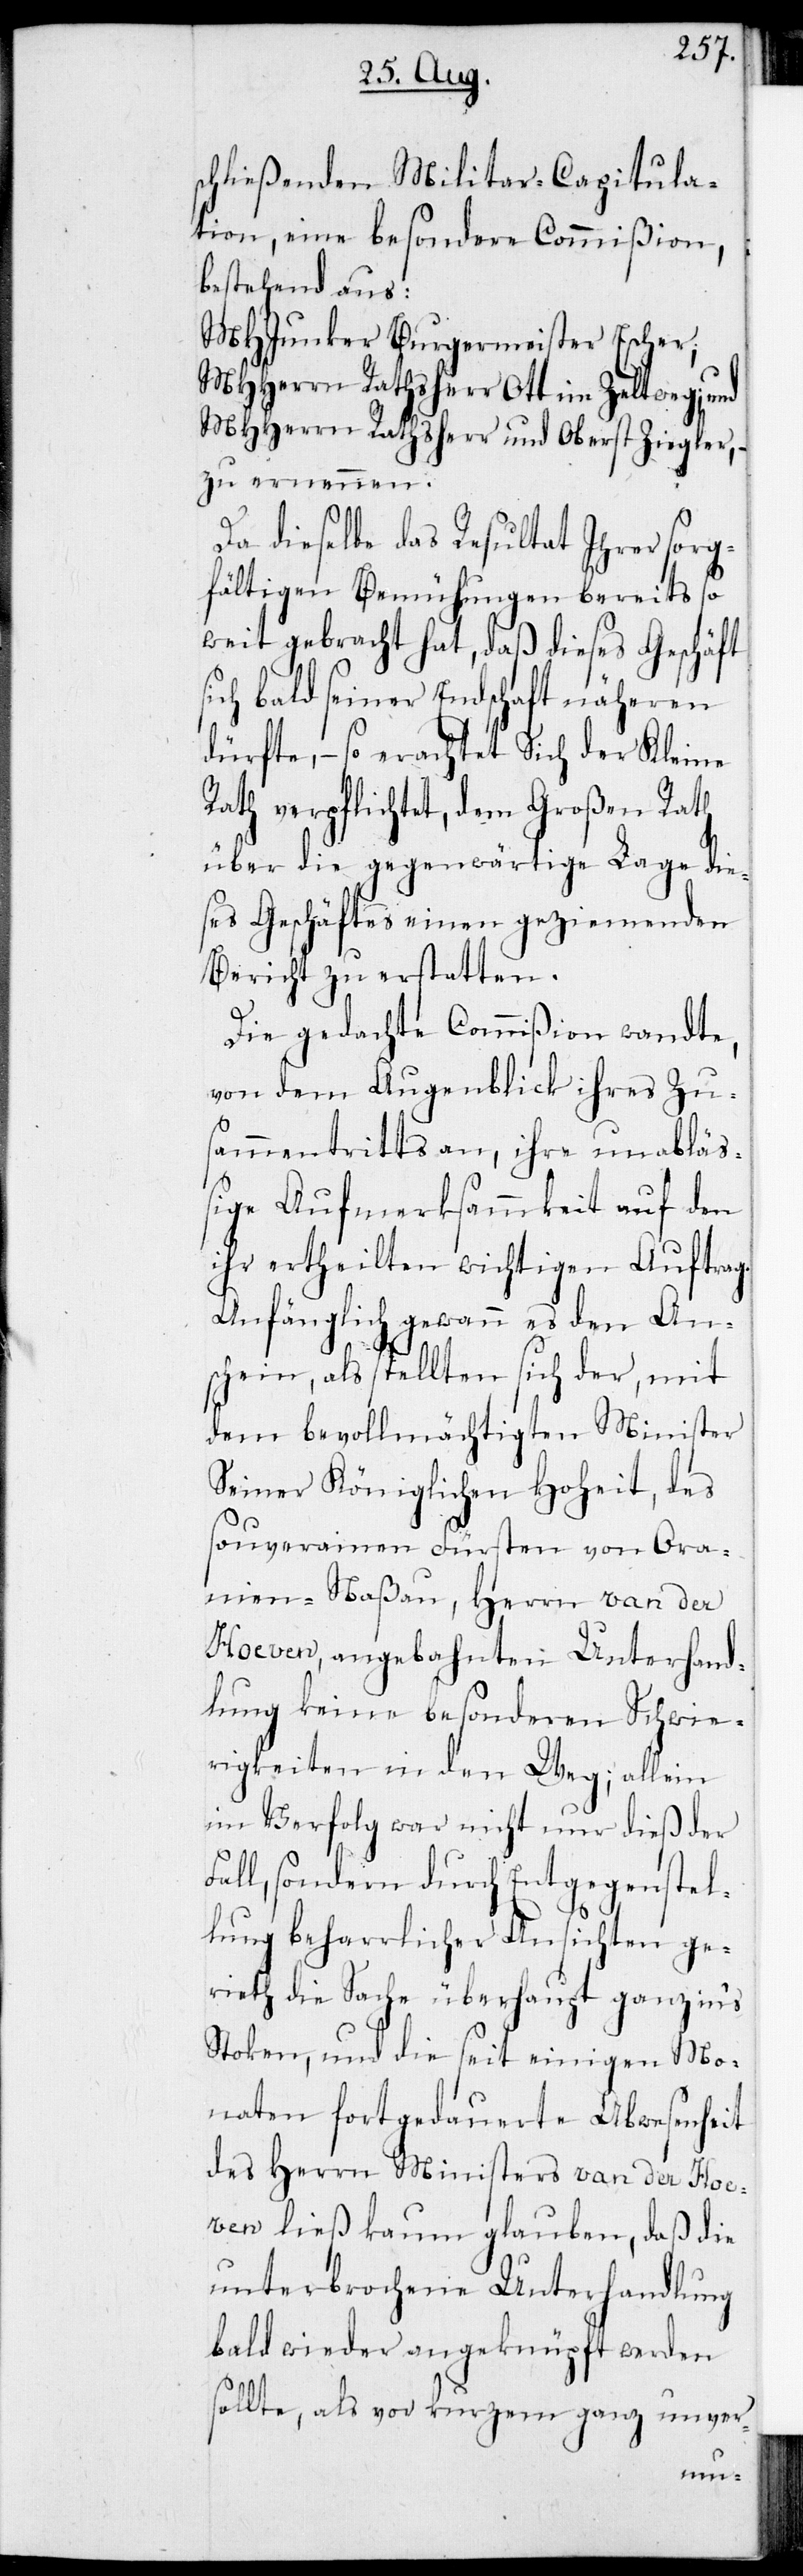
schließenden Militar-Capitula¬
tion, eine besondere Commißion,
bestehend aus:
MHJunker Burgermeister Escher;
MHHerrn Rathsherr Ott im Zeltweg; und
MHHerrn Rathsherr und Oberst Ziegler, –
zu ernennen.
Da dieselbe das Resultat Ihrer sorg¬
fältigen Bemühungen bereits so¬
weit gebracht hat, daß dieses Geschäft
ich bald seiner Endschaft näheren
dürfte, – so erachtet Sich der Kleine
Rath verpflichtet, dem Großen Rath
über die gegenwärtige Lage die¬
ses Geschäftes einen geziemenden
Bericht zu erstatten.
Die gedachte Commißion wandte,
von dem Augenblick ihres Zu¬
sammentritts an, ihre unabläß¬
ige Aufmerksammkeit auf den
ihr ertheilten wichtigen Auftrag.
Anfänglich gewann es den An¬
schein, als stellten sich der, mit
dem bevollmächtigten Minister
Seiner Königlichen Hoheit, des
souverainen Fürsten von Ora¬
nien-Naßau, Herrn van der
Hoeven, angebahnten Unterhand¬
lung keine besonderen Schwie¬
rigkeiten in den Weg; allein
im Verfolg war nicht nur dieß der
Fall, sondern durch Entgegenstel¬
lung beharrlicher Ansichten ge¬
rieth die Sache überhaupt ganz in’s
Stoken, und die seit einigen Mo¬
naten festgedauerte Abwesenheit
des Herrn Ministers van der Hoe¬
ven ließ kaum glauben, daß die
unterbrochene Unterhandlung
bald wieder angeknüpft werden
sollte, als vor kurzem ganz unver-
s¬